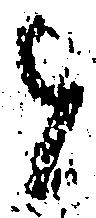
と